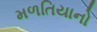
મળતિયાનો